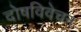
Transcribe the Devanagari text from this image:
दोषविवेचन